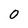
Character: 0